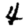
Digit: 4